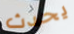
يحدث